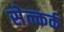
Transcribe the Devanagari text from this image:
सेल्कर्क